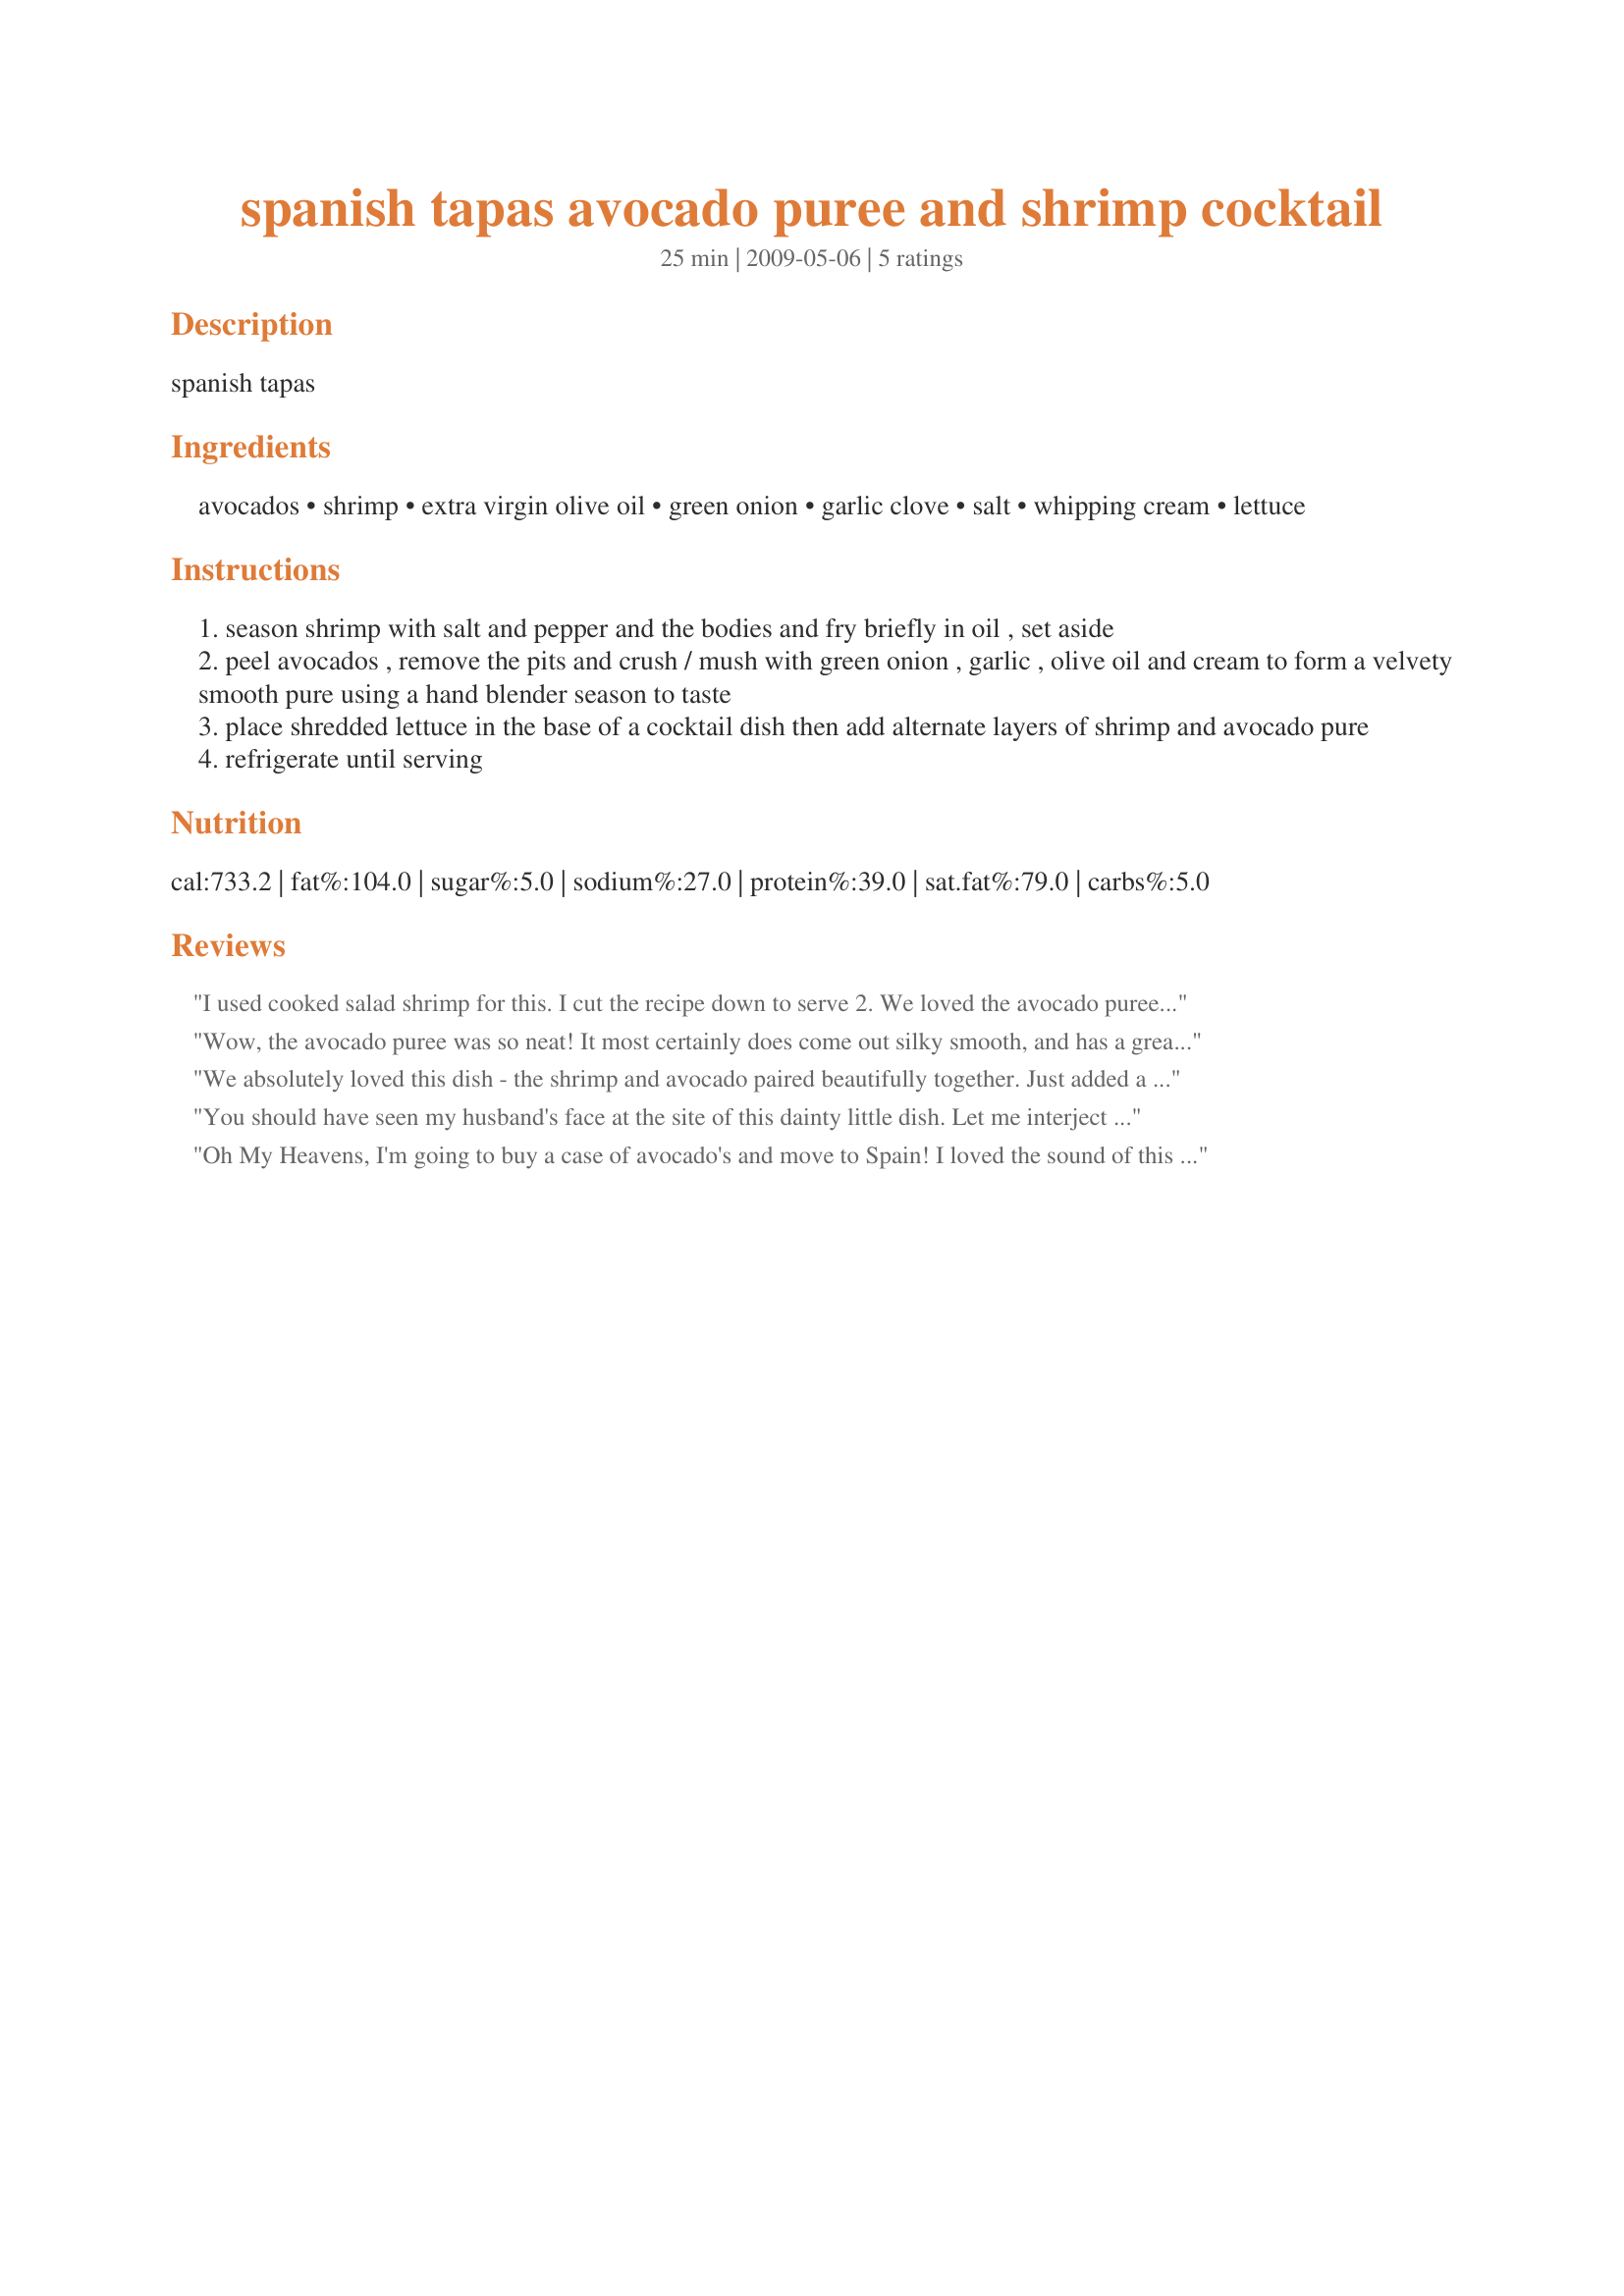
spanish tapas avocado puree and shrimp cocktail
Preparation time: 25 minutes

spanish tapas

Ingredients:
avocados, shrimp, extra virgin olive oil, green onion, garlic clove, salt, whipping cream, lettuce

Steps:
season shrimp with salt and pepper and the bodies and fry briefly in oil , set aside
peel avocados , remove the pits and crush / mush with green onion , garlic , olive oil and cream to form a velvety smooth pure using a hand blender season to taste
place shredded lettuce in the base of a cocktail dish then add alternate layers of shrimp and avocado pure
refrigerate until serving

Reviews:
I used cooked salad shrimp for this. I cut the recipe down to serve 2. We loved the avocado puree. Thanks for sharing. Made fpr ZWT 8- Spain/Portugal.
Wow, the avocado puree was so neat! It most certainly does come out silky smooth, and has a great flavor. Thanks for sharing! ZWT8
We absolutely loved this dish - the shrimp and avocado paired beautifully together. Just added a bit of Emeril's seasoning to the shrimp before I sauteed them. I plan to take advantage of the bountiful supply of avocados and shrimp that we have here and will definitely be making this tapas recipe again. This dish will WOW your guests, but works just as well as a nice appetizer for family. In our case it was just the two of us so we had it as our meal. YUM! Made for ZWT-8-Spain/Portugal.
You should have seen my husband's face at the site of this dainty little dish. Let me interject that he likes to learn his lessons the hard way. For example, just because HIS mama never made it doesn't mean he can't eat it. I'll suffice to say wifey-poo knows best--he loooooved it! BTW, I sort of Cajunized the shrimp. Made for 123 Hit Wonders.
Oh My Heavens, I'm going to buy a case of avocado's and move to Spain! I loved the sound of this delight and had to try it but I couldn't bring myself to use all that fat. I lightly poached the shrimp in salt water until *just* cooked and for the whipping cream I used fat free liquid coffee creamer, I don't feel bad about the avocado because it's "good" heart healthy fat (I know, fat is still fat and we shouldn't overdo). The avocado mash is pure heaven and I could smear it on every thing (I'm currently considering the possibility of cake filling!). If you like avocado and shrimp run to the food processor and make this NOW!!!
